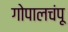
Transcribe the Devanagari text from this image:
गोपालचंपू